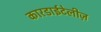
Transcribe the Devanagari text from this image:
कारडाईटेलीज़